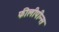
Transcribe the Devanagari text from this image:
फीलीपीन्स